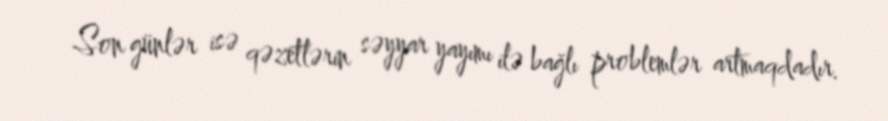
Son günlər isə qəzetlərin səyyar yayımı ilə bağlı problemlər artmaqdadır.